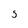
Character: 5